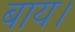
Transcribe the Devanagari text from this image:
बाय।